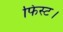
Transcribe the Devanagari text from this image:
फिस्ट।